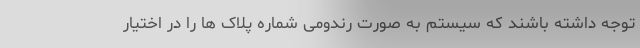
توجه داشته باشند که سیستم به صورت رندومی شماره پلاک ها را در اختیار